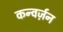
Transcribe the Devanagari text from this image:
कन्वर्ज़न